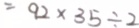
= 9 2 \times 3 5 \div 2